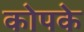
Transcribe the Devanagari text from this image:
कोपके